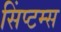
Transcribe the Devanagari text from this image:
सिंप्टम्स